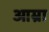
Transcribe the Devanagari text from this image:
आम्रा